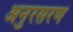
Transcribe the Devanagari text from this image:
अनुरसरण